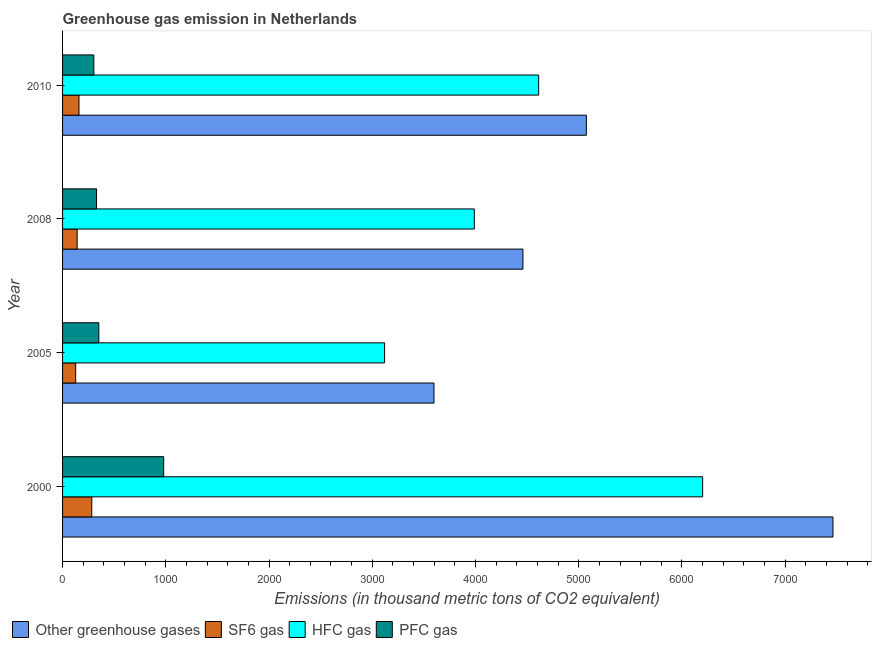
| Year | Other greenhouse gases | SF6 gas | HFC gas | PFC gas |
 | --- | --- | --- | --- | --- |
 | 2000 | 7.46e+03 | 283 | 6.2e+03 | 980 |
 | 2005 | 3.6e+03 | 127 | 3.12e+03 | 351 |
 | 2008 | 4.46e+03 | 141 | 3.99e+03 | 329 |
 | 2010 | 5.07e+03 | 159 | 4.61e+03 | 303 |